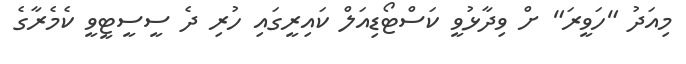
މިއަދު "ހަވީރަ" ށް ވިދާޅުވީ ކަސްޓޯޑިއަލް ކައިރީގައި ހުރި ދެ ސީސީޓީވީ ކެމެރާގެ